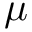
\mu